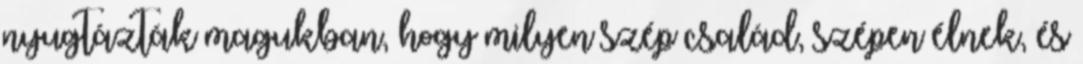
nyugtázták magukban, hogy milyen szép család, szépen élnek, és